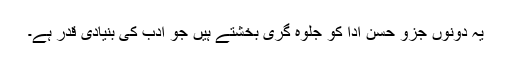
یہ دونوں جزو حسن ادا کو جلوہ گری بخشتے ہیں جو ادب کی بنیادی قدر ہے۔